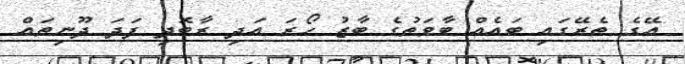
އޭގެ ތެރޭގައި ބައެއް ބާވަތުގެ ބާޒު ހޯރަ އަދި ރާބޮދި ފަދަ ދޫނިތައް